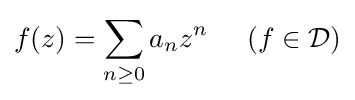
f(z)=\sum _{n\geq 0}a_{n}z^{n}\;\;\;\;\;(f\in {\mathcal {D}})